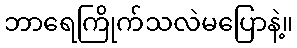
ဘာရေကြိုက်သလဲမပြောနဲ့။